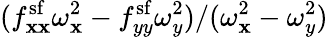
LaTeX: (f_{\mathbf{x}\mathbf{x}}^{\mathrm{{sf}}}\omega_{\mathbf{x}}^{2}-f_{yy}^{\mathrm{{sf}}}\omega_{y}^{2})/(\omega_{\mathbf{x}}^{2}-\omega_{y}^{2})